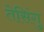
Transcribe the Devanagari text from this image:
तेसिंगु